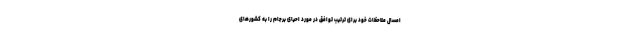
امسال ملاحظات خود برای ترتیب توافق در مورد احیای برجام را به کشورهای